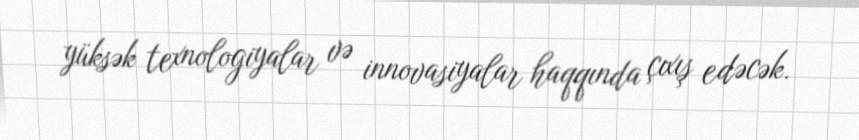
yüksək texnologiyalar və innovasiyalar haqqında çıxış edəcək.